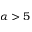
\alpha > 5